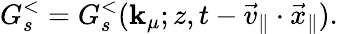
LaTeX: G_{s}^{<}=G_{s}^{<}(\mathbf{k}_{\mu};z,t-\vec{{v}}_{\| }\cdot\vec{{x}}_{\| }).